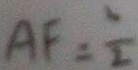
A F = \frac { 1 } { 2 }